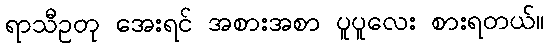
ရာသီဥတု အေးရင် အစားအစာ ပူပူလေး စားရတယ်။